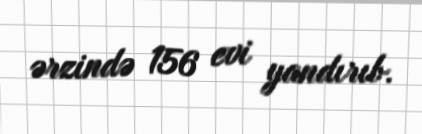
ərzində 156 evi yandırıb.